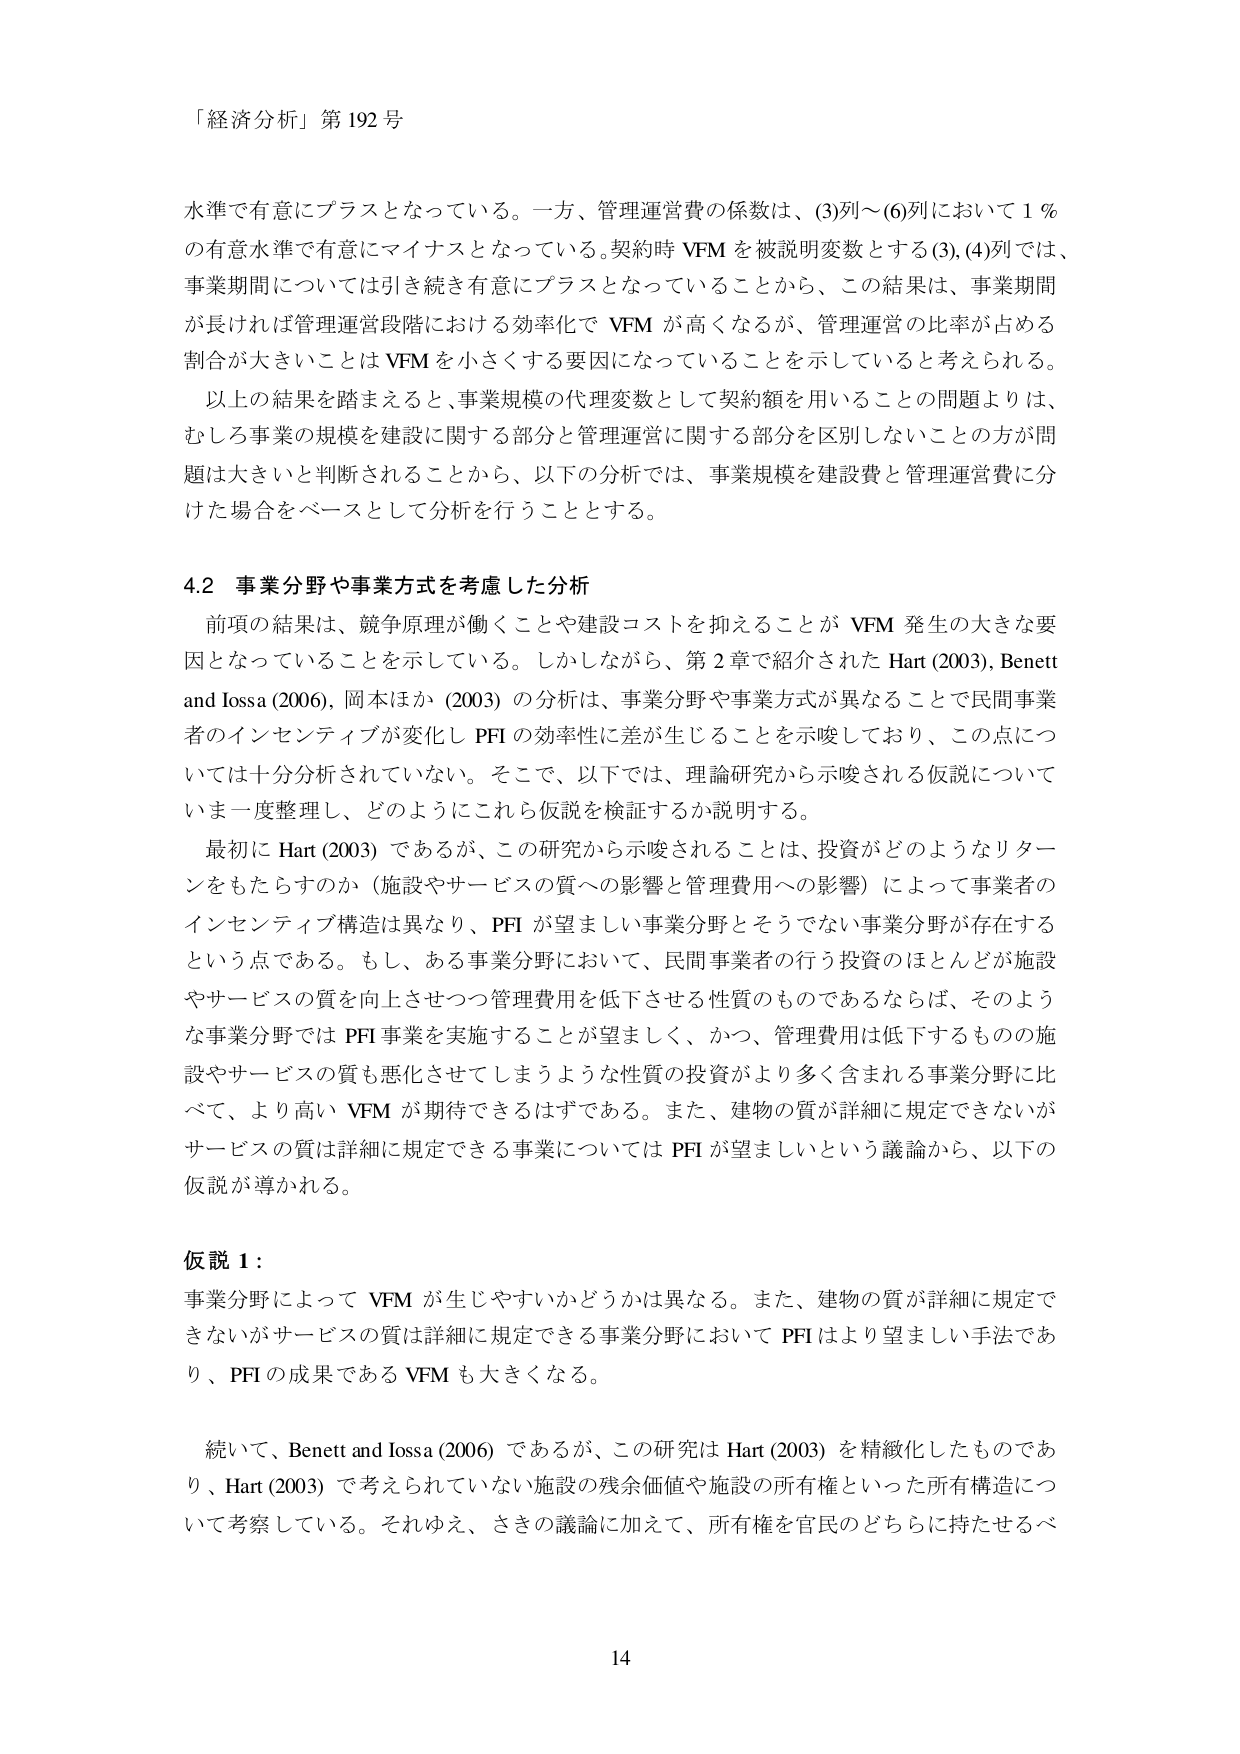
「経済分析」第192号

水準で有意にプラスとなっている。一方、管理運営費の係数は、(3)列～(6)列において1％の有意水準で有意にマイナスとなっている。契約時VFMを被説明変数とする(3),(4)列では、事業期間については引き続き有意にプラスとなっていることから、この結果は、事業期間が長ければ管理運営段階における効率化でVFMが高くなるが、管理運営の比率が占める割合が大きいことはVFMを小さくする要因になっていることを示していると考えられる。

以上の結果を踏まえると、事業規模の代理変数として契約額を用いることの問題よりは、むしろ事業の規模を建設に関する部分と管理運営に関する部分を区別しないことの方が問題は大きいと判断されることから、以下の分析では、事業規模を建設費と管理運営費に分けた場合をベースとして分析を行うこととする。

4.2 事業分野や事業方式を考慮した分析

前項の結果は、競争原理が働くことや建設コストを抑えることがVFM発生の大きな要因となっていることを示している。しかしながら、第2章で紹介されたHart(2003), Benett and Iossa(2006), 岡本ほか(2003)の分析は、事業分野や事業方式が異なることで民間事業者のインセンティブが変化しPFIの効率性に差が生じることを示唆しており、この点については十分分析されていない。そこで、以下では、理論研究から示唆される仮説についていま一度整理し、どのようにこれら仮説を検証するか説明する。

最初にHart(2003)であるが、この研究から示唆されることは、投資がどのようなリターンをもたらすのか（施設やサービスの質への影響と管理費用への影響）によって事業者のインセンティブ構造は異なり、PFIが望ましい事業分野とそうでない事業分野が存在するという点である。もし、ある事業分野において、民間事業者の行う投資のほとんどが施設やサービスの質を向上させつつ管理費用を低下させる性質のものであるならば、そのような事業分野ではPFI事業を実施することが望ましく、かつ、管理費用は低下するものの施設やサービスの質も悪化させてしまうような性質の投資がより多く含まれる事業分野に比べて、より高いVFMが期待できるはずである。また、建物の質が詳細に規定できないがサービスの質は詳細に規定できる事業についてはPFIが望ましいという議論から、以下の仮説が導かれる。

仮説1：
事業分野によってVFMが生じやすいかどうかは異なる。また、建物の質が詳細に規定できないがサービスの質は詳細に規定できる事業分野においてPFIはより望ましい手法であり、PFIの成果であるVFMも大きくなる。

続いて、Benett and Iossa(2006)であるが、この研究はHart(2003)を精緻化したものであり、Hart(2003)で考えられていなかった施設の残余価値や施設の所有権といった所有構造について考察している。それゆえ、さきの議論に加えて、所有権を官民のどちらに持たせるべ

14